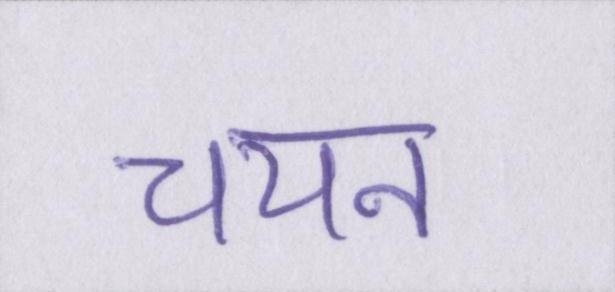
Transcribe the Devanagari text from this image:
चयन